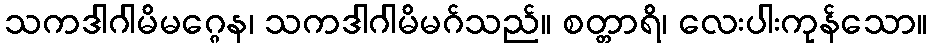
သကဒါဂါမိမဂ္ဂေန၊ သကဒါဂါမိမဂ်သည်။ စတ္တာရိ၊ လေးပါးကုန်သော။